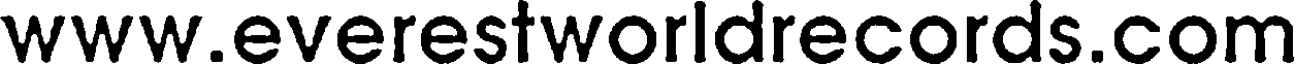
www.everestworldrecords.com